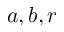
a , b , r